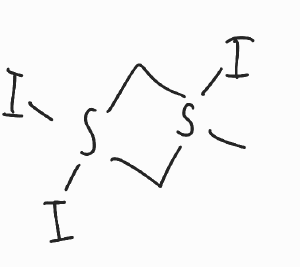
Simplified molecular-input line-entry system (SMILES) notation of the given molecule:
CS1(CS(C1)(I)I)I